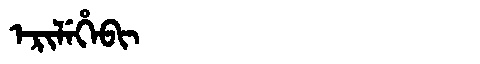
Manchu: ᡝᡵᡳᠯᡝᡥᡝᠪᡳ
Romanization: ERILEHEBI